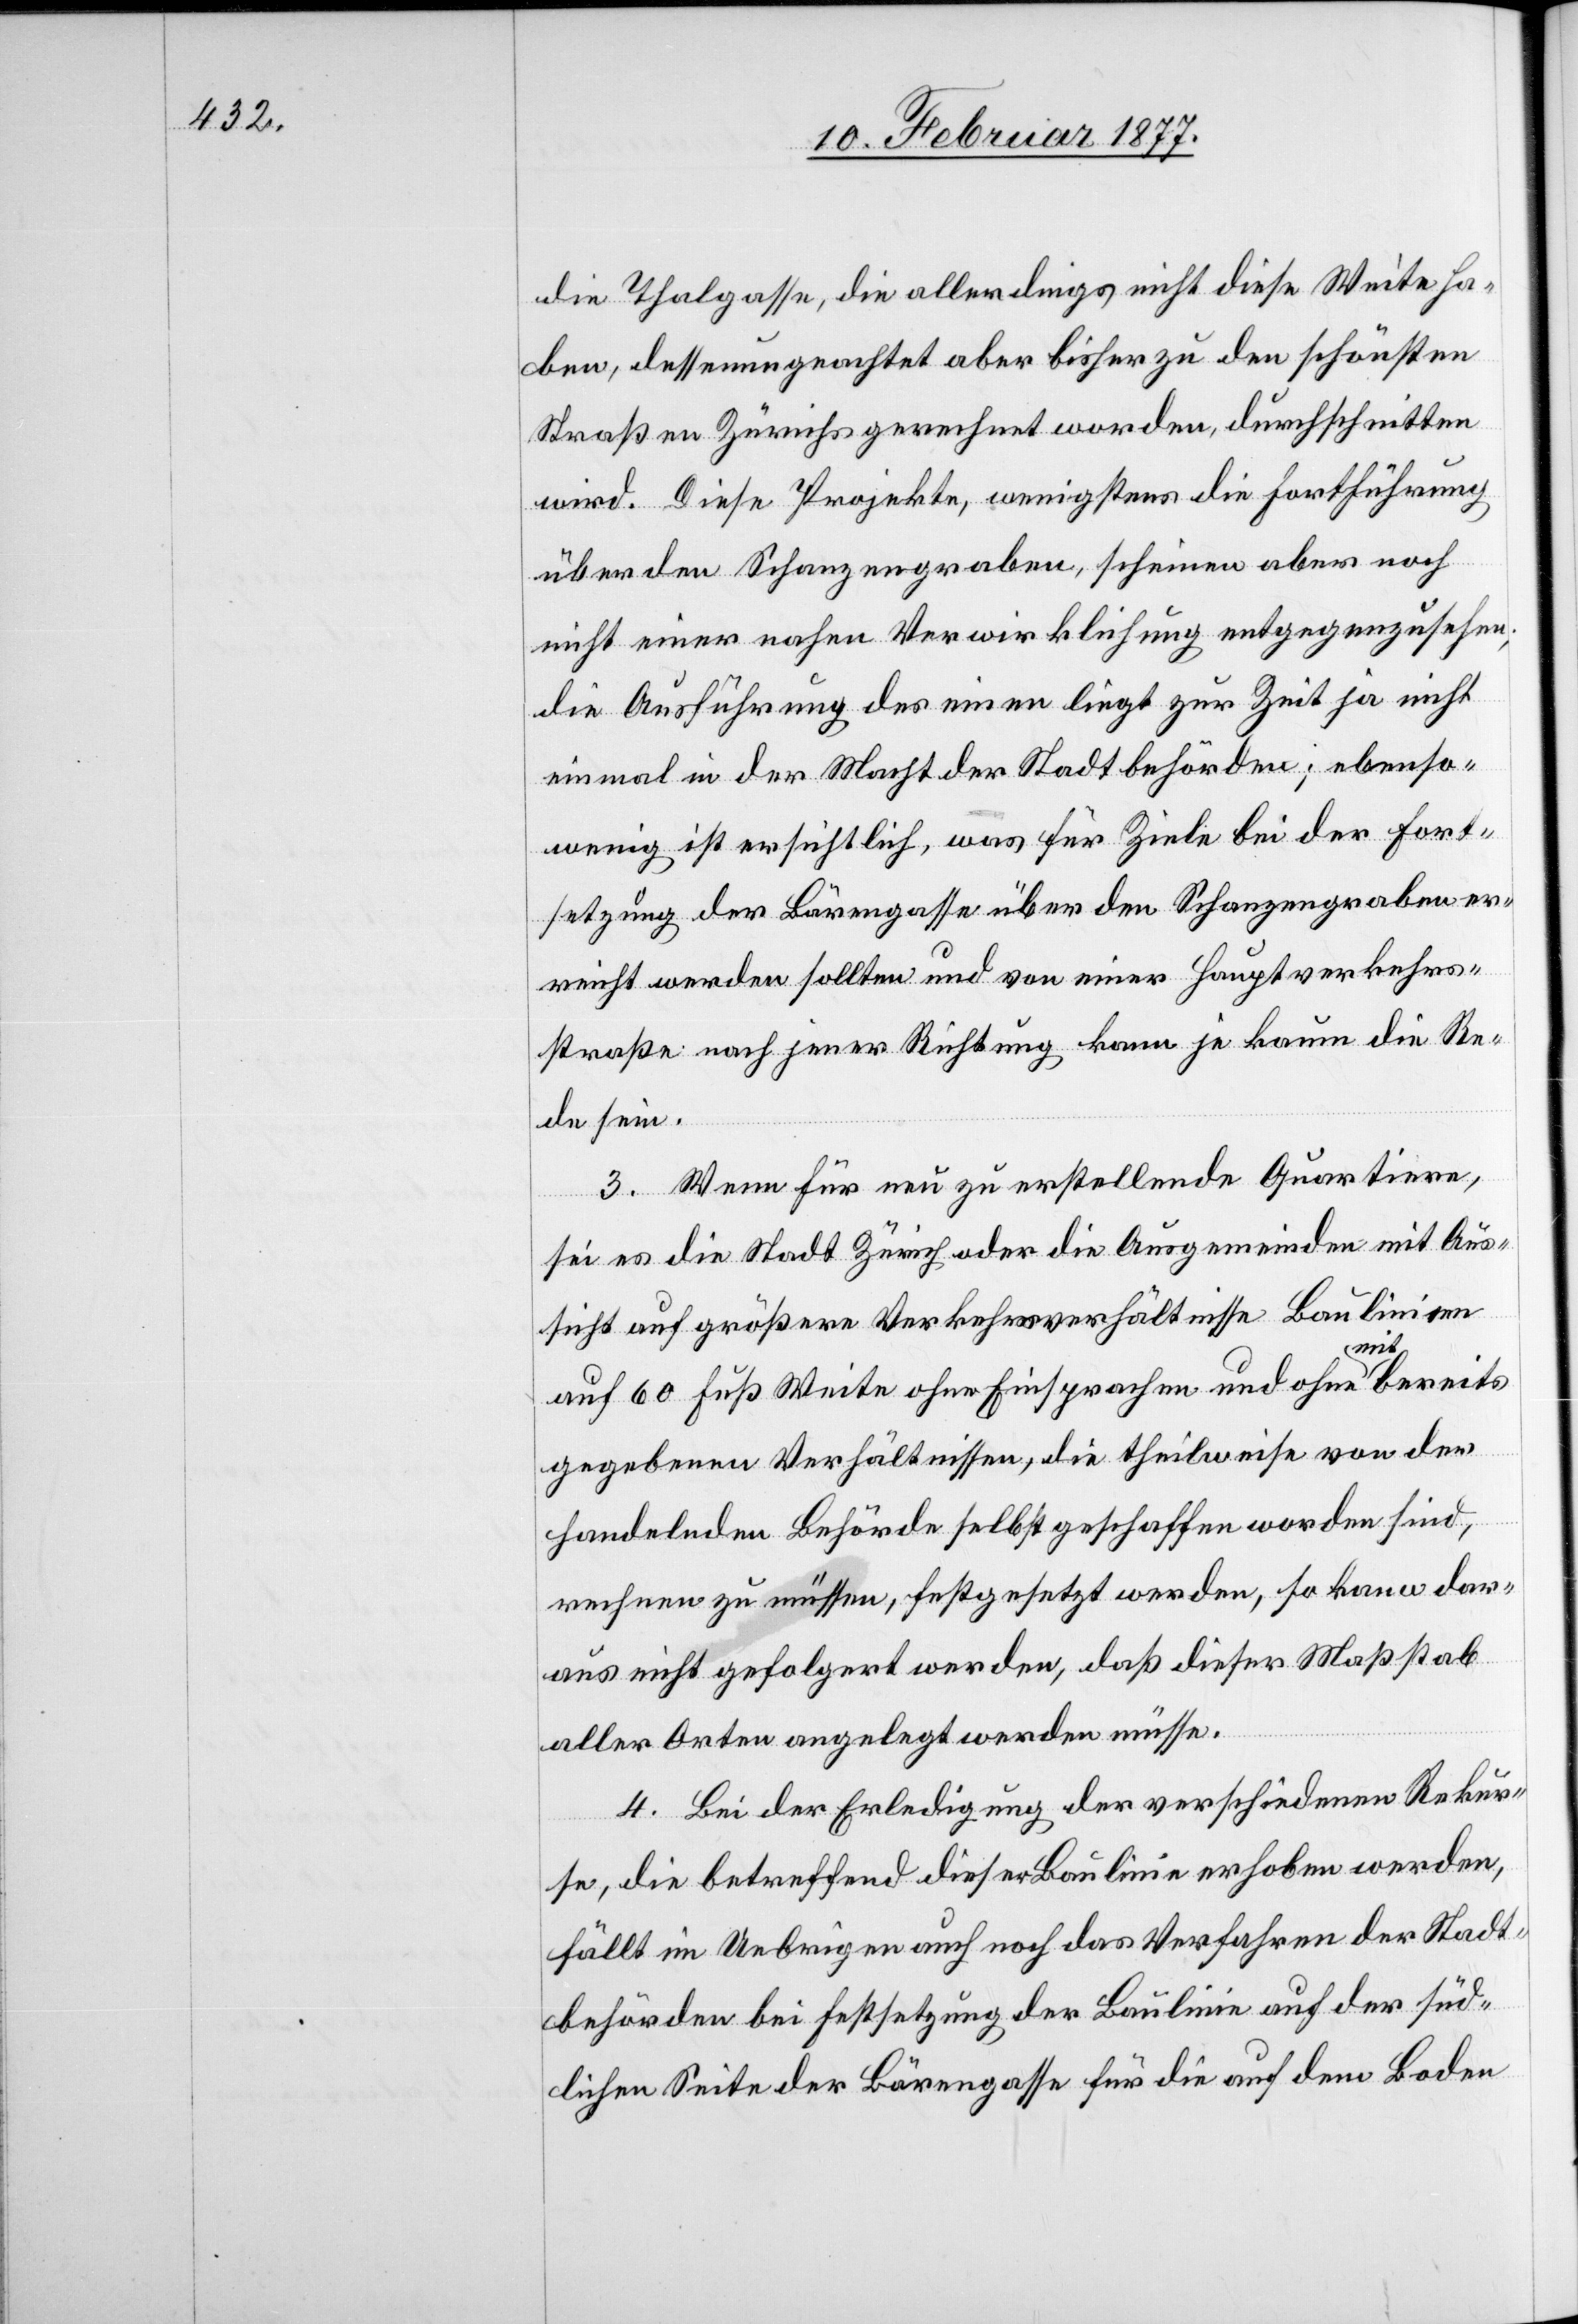
die Thalgasse, die allerdings nicht diese Weite ha¬
ben, dessenungeachtet aber bisher zu den schönsten
Straßen Zürichs gerechnet worden, durchschnitten
wird. Diese Projekte, wenigstens die Fortführung
über den Schanzengraben, scheinen aber noch
nicht einer nahen Verwirklichung entgegenzusehen;
die Ausführung des einen liegt zur Zeit ja nicht
einmal in der Macht der Stadtbehörden; ebenso¬
wenig ist ersichtlich, was für Ziele bei der Fort¬
setzung der Bärengasse über den Schanzengraben er¬
reicht werden sollten und von einer Hauptverkehrs¬
straße nach jener Richtung kann je kaum die Re¬
de sein.
3. Wenn für neu zu erstellende Quartiere,
sei es die Stadt Zürich oder die Ausgemeinden mit Aus¬
sicht auf größere Verkehrsverhältnisse Baulinien
auf 60 Fuß Weite ohne Einsprachen und ohne mit bereits
gegebenen Verhältnissen, die theilweise von der
handelnden Behörde selbst geschaffen worden sind,
rechnen zu müssen, festgesetzt werden, so kann dar¬
aus nicht gefolgert werden, daß dieser Maßstab
aller Orten angelegt werden müsse.
4. Bei der Erledigung der verschiedenen Rekur¬
se, die betreffend dieser Baulinie erhoben werden,
fällt im Uebrigen auch noch das Verfahren der Stadt¬
behörden bei Festsetzung der Baulinie auf der süd¬
lichen Seite der Bärengasse für die auf dem Boden